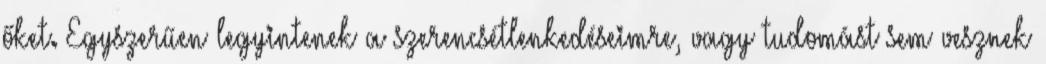
őket. Egyszerűen legyintenek a szerencsétlenkedéseimre, vagy tudomást sem vesznek